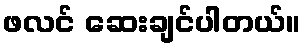
ဖလင် ဆေးချင်ပါတယ်။